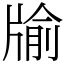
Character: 牏